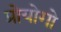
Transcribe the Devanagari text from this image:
प्रोयोगो